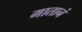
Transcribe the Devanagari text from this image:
मातानं